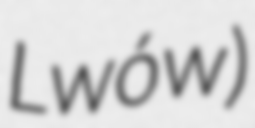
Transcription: Lwów)